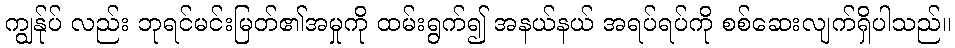
ကျွန်ုပ် လည်း ဘုရင်မင်းမြတ်၏အမှုကို ထမ်းရွက်၍ အနယ်နယ် အရပ်ရပ်ကို စစ်ဆေးလျက်ရှိပါသည်။